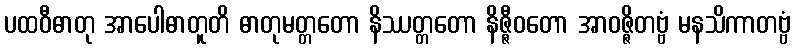
ပထဝီဓာတု အာပေါဓာတူတိ ဓာတုမတ္တတော နိဿတ္တတော နိဇ္ဇီဝတော အာဝဇ္ဇိတဗ္ဗံ မနသိကာတဗ္ဗံ